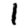
Digit: 1